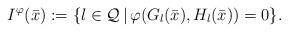
LaTeX: \begin{align*}I^\varphi(\bar x):=\{l\in\mathcal Q\,|\,\varphi(G_l(\bar x),H_l(\bar x))=0\}.\end{align*}